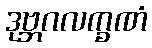
ဒုဗ္ဘဂလက္ခဏံ